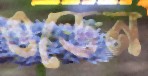
ওডেন